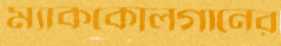
ম্যাককোলগানের